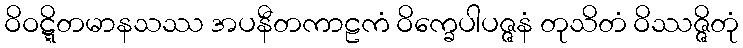
ဝိဝဋ္ဋိတမာနသဿ အပနီတကာဠကံ ဝိက္ခေပါပဇ္ဇနံ တုသိတံ ဝိဿဇ္ဇိတုံ